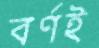
বর্ণই